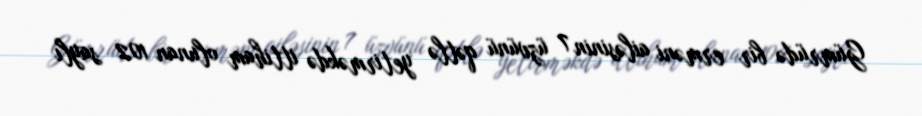
Gümrüdə bir erməni ailəsinin 7 üzvünü qətlə yetirməkdə ittiham olunan 102 saylı